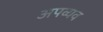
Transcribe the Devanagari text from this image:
अपव्यव